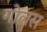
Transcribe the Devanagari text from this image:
गोलस